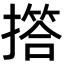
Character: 撘